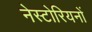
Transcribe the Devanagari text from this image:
नेस्टोरियनों